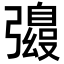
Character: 𫹀